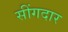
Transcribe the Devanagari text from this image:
सींगदार